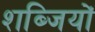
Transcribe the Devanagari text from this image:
शब्जियों